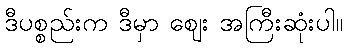
ဒီပစ္စည်းက ဒီမှာ ဈေး အကြီးဆုံးပါ။